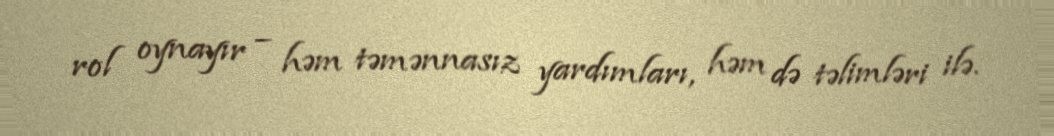
rol oynayır – həm təmənnasız yardımları, həm də təlimləri ilə.